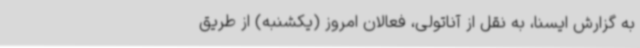
به گزارش ایسنا، به نقل از آناتولی، فعالان امروز (یکشنبه) از طریق